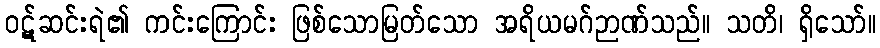
ဝဋ်ဆင်းရဲ၏ ကင်းကြောင်း ဖြစ်သောမြတ်သော အရိယမဂ်ဉာဏ်သည်။ သတိ၊ ရှိသော်။